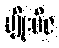
မျိုးဗီဇ